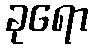
ခုရော